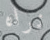
نراه